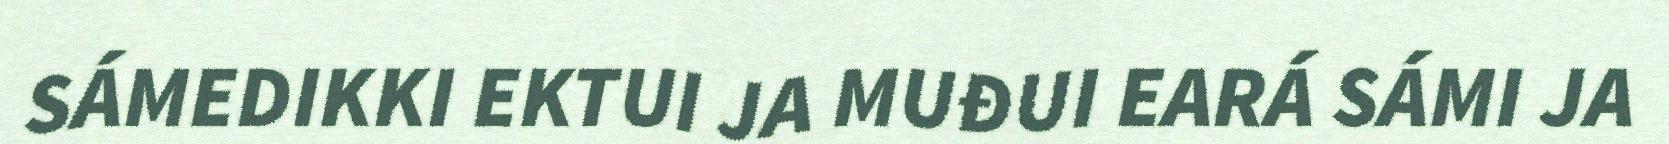
SÁMEDIKKI EKTUI JA MUĐUI EARÁ SÁMI JA